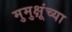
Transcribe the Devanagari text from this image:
मुमुक्षूंच्या